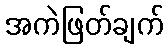
အကဲဖြတ်ချက်